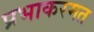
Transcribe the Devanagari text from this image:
प्रभाकरमत